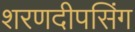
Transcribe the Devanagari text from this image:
शरणदीपसिंग